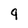
Character: 9